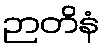
ဉာတိနံ